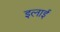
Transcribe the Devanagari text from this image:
इलाई